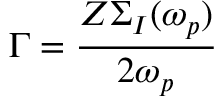
\Gamma = \frac { Z \Sigma _ { I } ( \omega _ { p } ) } { 2 \omega _ { p } }